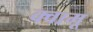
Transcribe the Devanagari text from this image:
क्वामू